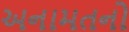
અનામતનો